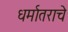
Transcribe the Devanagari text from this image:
धर्मातराचे